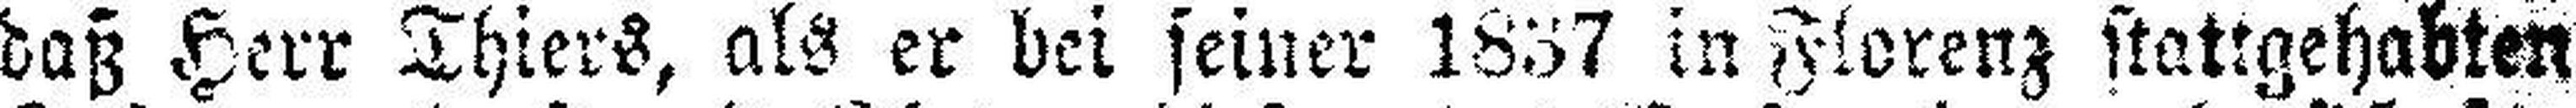
daß Herr Thiers, als er bei seiner 1837 in Florenz stattgehabten